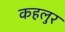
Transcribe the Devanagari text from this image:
कहलुर